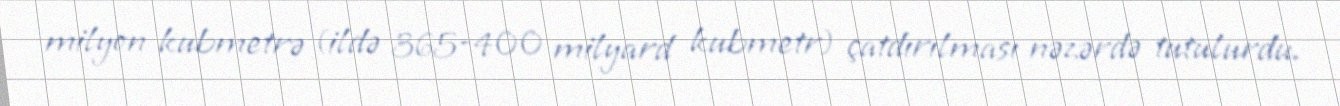
milyon kubmetrə (ildə 365-400 milyard kubmetr) çatdırılması nəzərdə tutulurdu.